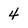
Character: 4